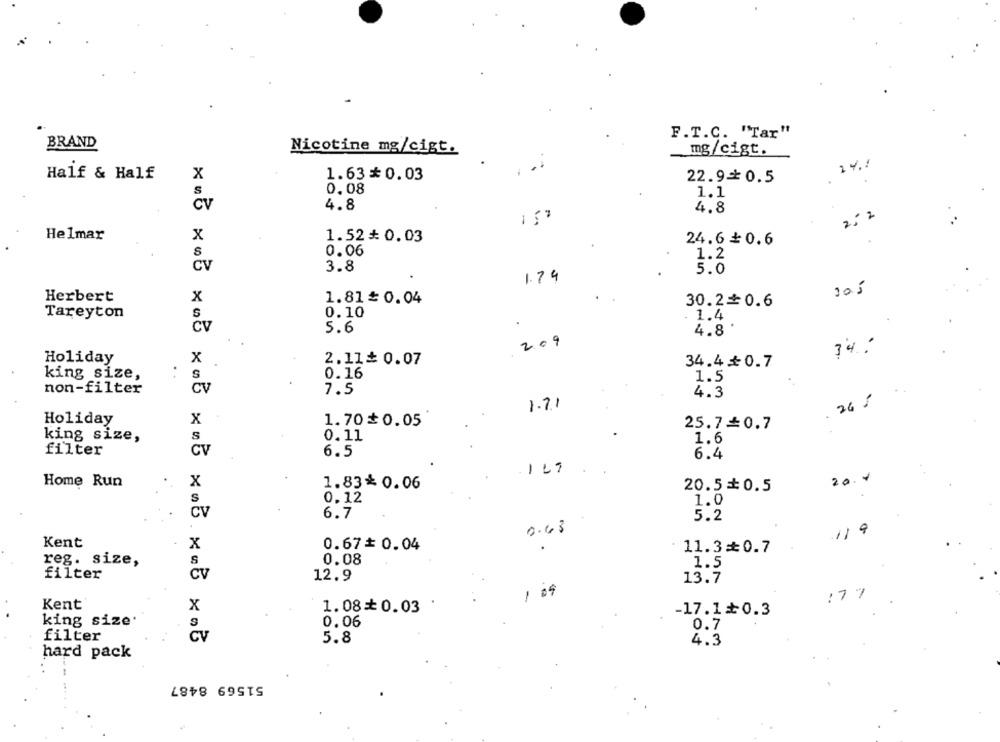
F.T.C. "Tar"
BRAND
Nicotine mg/cigt.
mg/cigt.
241
Half & Half
X
1.63* 0.03
22.9=0.5
S
0.08
1.1
Cv
4.8
4.8
252
Helmar
x
1.52₺ 0.03
24.6₺ 0.6
0.06
S
1.2
Cv
3.8
5.0
1.74
305
Herbert
x
1.81 0.04
30.2 0.6
Tareyton
0.10
. 1.4
.
Cv
5.6
4.8
209
3%
Holiday
x
2.11₺ 0.07
34.4+0.7
king size,
S
0.16
1.5
non-filter
CV
7.5
4.3
1.7.1
26 /
Holiday
x
1.70$0.05
25.7£0.7
king size,
S
0.11
1.6
filter
CV
6.5
6.4
-
Home Run
20. "
X
1.83* 0.06
20.5+0.5
s
0.12
1.0
CV
6.7
5.2
0.43
119
Kent
x
0.67# 0.04
11.3=0.7
reg. size,
0.08
1.5
filter
Cv
12.9
13.7
, 05
177
Kent
x
1.08+ 0.03
-17.1+0.3
king size'
0.06
0.7
filter
CV
5.8
4.3
hard pack
51569 8487